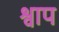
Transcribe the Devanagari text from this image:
श्वाप